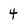
Character: 4